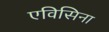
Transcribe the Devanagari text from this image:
एविसिना